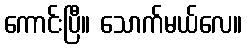
ကောင်းပြီ။ သောက်မယ်လေ။